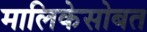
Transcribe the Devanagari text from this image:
मालिकेसोबत